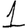
Digit: 1